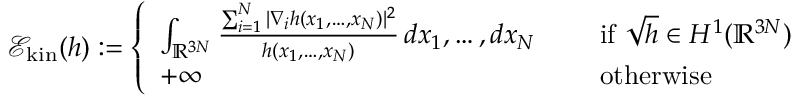
\mathcal E _ { \mathrm { k i n } } ( h ) : = \left\{ \begin{array} { l l } { \int _ { \mathbb { R } ^ { 3 N } } \frac { \sum _ { i = 1 } ^ { N } | \nabla _ { i } h ( x _ { 1 } , \ldots , x _ { N } ) | ^ { 2 } } { h ( x _ { 1 } , \ldots , x _ { N } ) } \, d x _ { 1 } , \ldots , d x _ { N } \quad } & { \mathrm { ~ i f ~ } \sqrt { h } \in H ^ { 1 } ( \mathbb { R } ^ { 3 N } ) } \\ { + \infty } & { \mathrm { ~ o t h e r w i s e } } \end{array} \right.